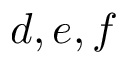
d , e , f